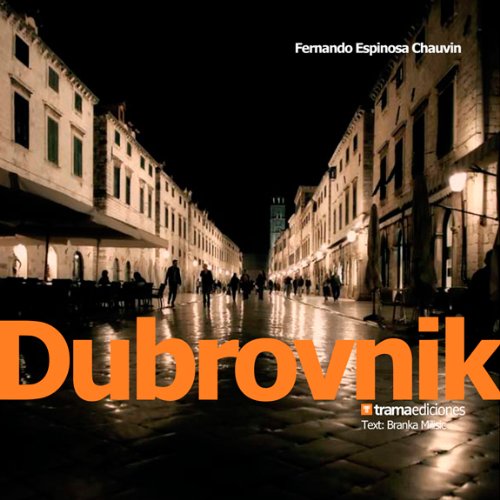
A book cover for Dubrovnik; Fernando Espinosa Chauvin; Travel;